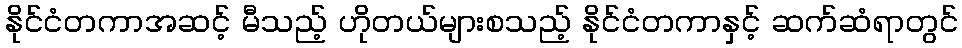
နိုင်ငံတကာအဆင့် မီသည့် ဟိုတယ်များစသည့် နိုင်ငံတကာနှင့် ဆက်ဆံရာတွင်